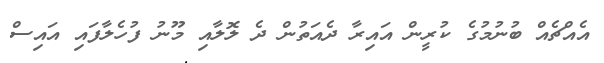
އެއްޗެއް ބުނުމުގެ ކުރީން އައިރާ ދެއަތުން ދެ ލޮލާއި މޫނު ފުހެލާފައި އައިސް